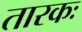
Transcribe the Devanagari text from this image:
तारकः